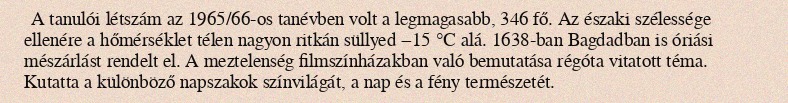
A tanulói létszám az 1965/66-os tanévben volt a legmagasabb, 346 fő. Az északi szélessége ellenére a hőmérséklet télen nagyon ritkán süllyed −15 °C alá. 1638-ban Bagdadban is óriási mészárlást rendelt el. A meztelenség filmszínházakban való bemutatása régóta vitatott téma. Kutatta a különböző napszakok színvilágát, a nap és a fény természetét.